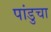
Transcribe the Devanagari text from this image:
पांडुचा